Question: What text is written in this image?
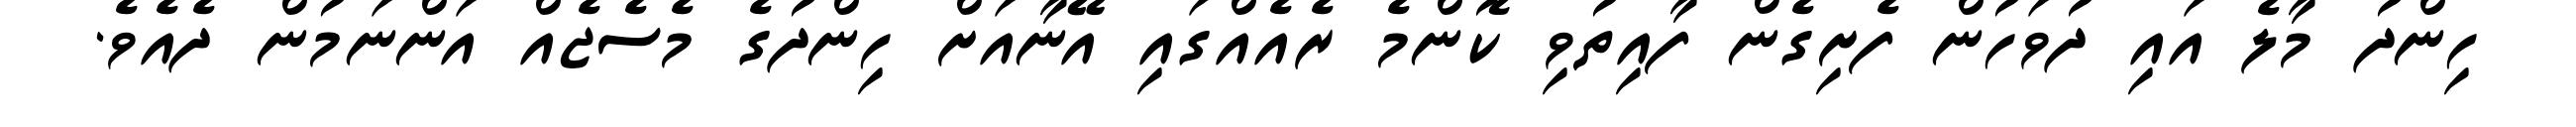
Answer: ހިންދު މާލެ އައި ދުވަހުން ފެށިގެން ފާއިތުވި ކޮންމެ ރެއެއްގައި އޭނާއަށް ހިންދުގެ މެސެޖެއް އަންނަމުން ދެއެވެ.